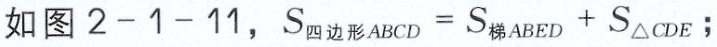
如图 \(2 - 1 - 11\)，\(S_{四边形ABCD}=S_{梯ABED}+S_{\triangle CDE}\)；